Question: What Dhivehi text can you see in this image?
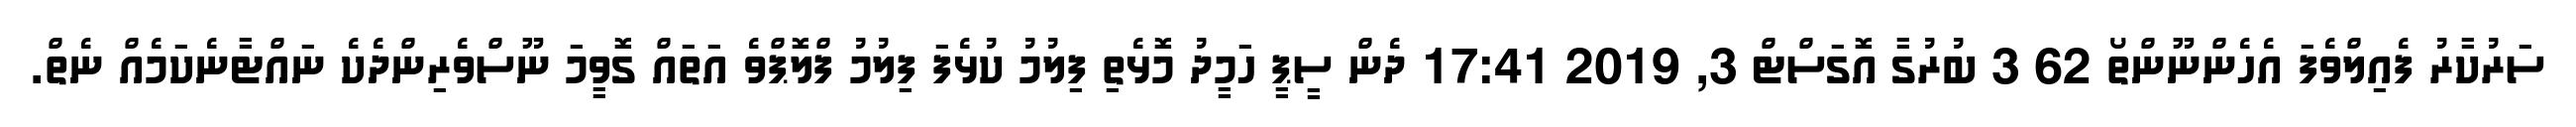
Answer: ސަރުކާރު ފެއިލްވެފަ އެހެންނޫންތޯ 62 3 ބުރުގާ އޮގަސްޓް 3, 2019 17:41 ދެން ސީޕީ ހަމީދު މޮޅެތި ފިލުމު ކުޅެފަ ފިލުމު ފްލޮޕްވެ އަތައް ގޮވީމަ ނޫސްވެރިންދެކެ ނައްޓާނެކަމެއް ނެތް.